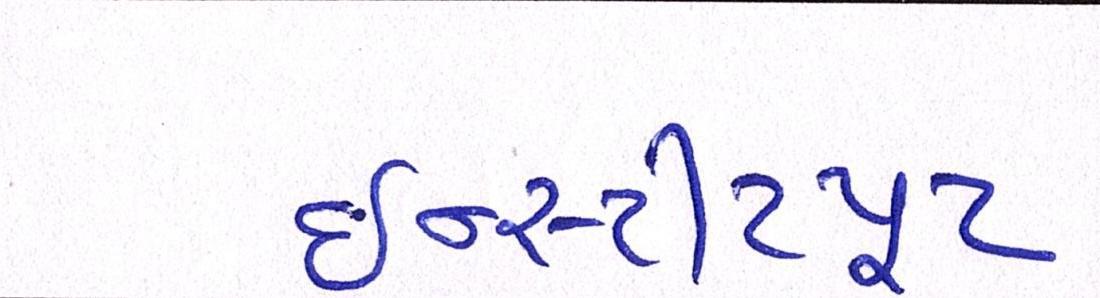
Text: ઇન્સ્ટીટયૂટ